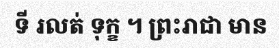
ទី រលត់ ទុក្ខ ។ ព្រះរាជា មាន